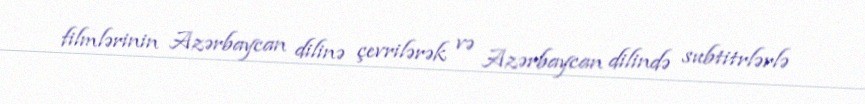
filmlərinin Azərbaycan dilinə çevrilərək və Azərbaycan dilində subtitrlərlə